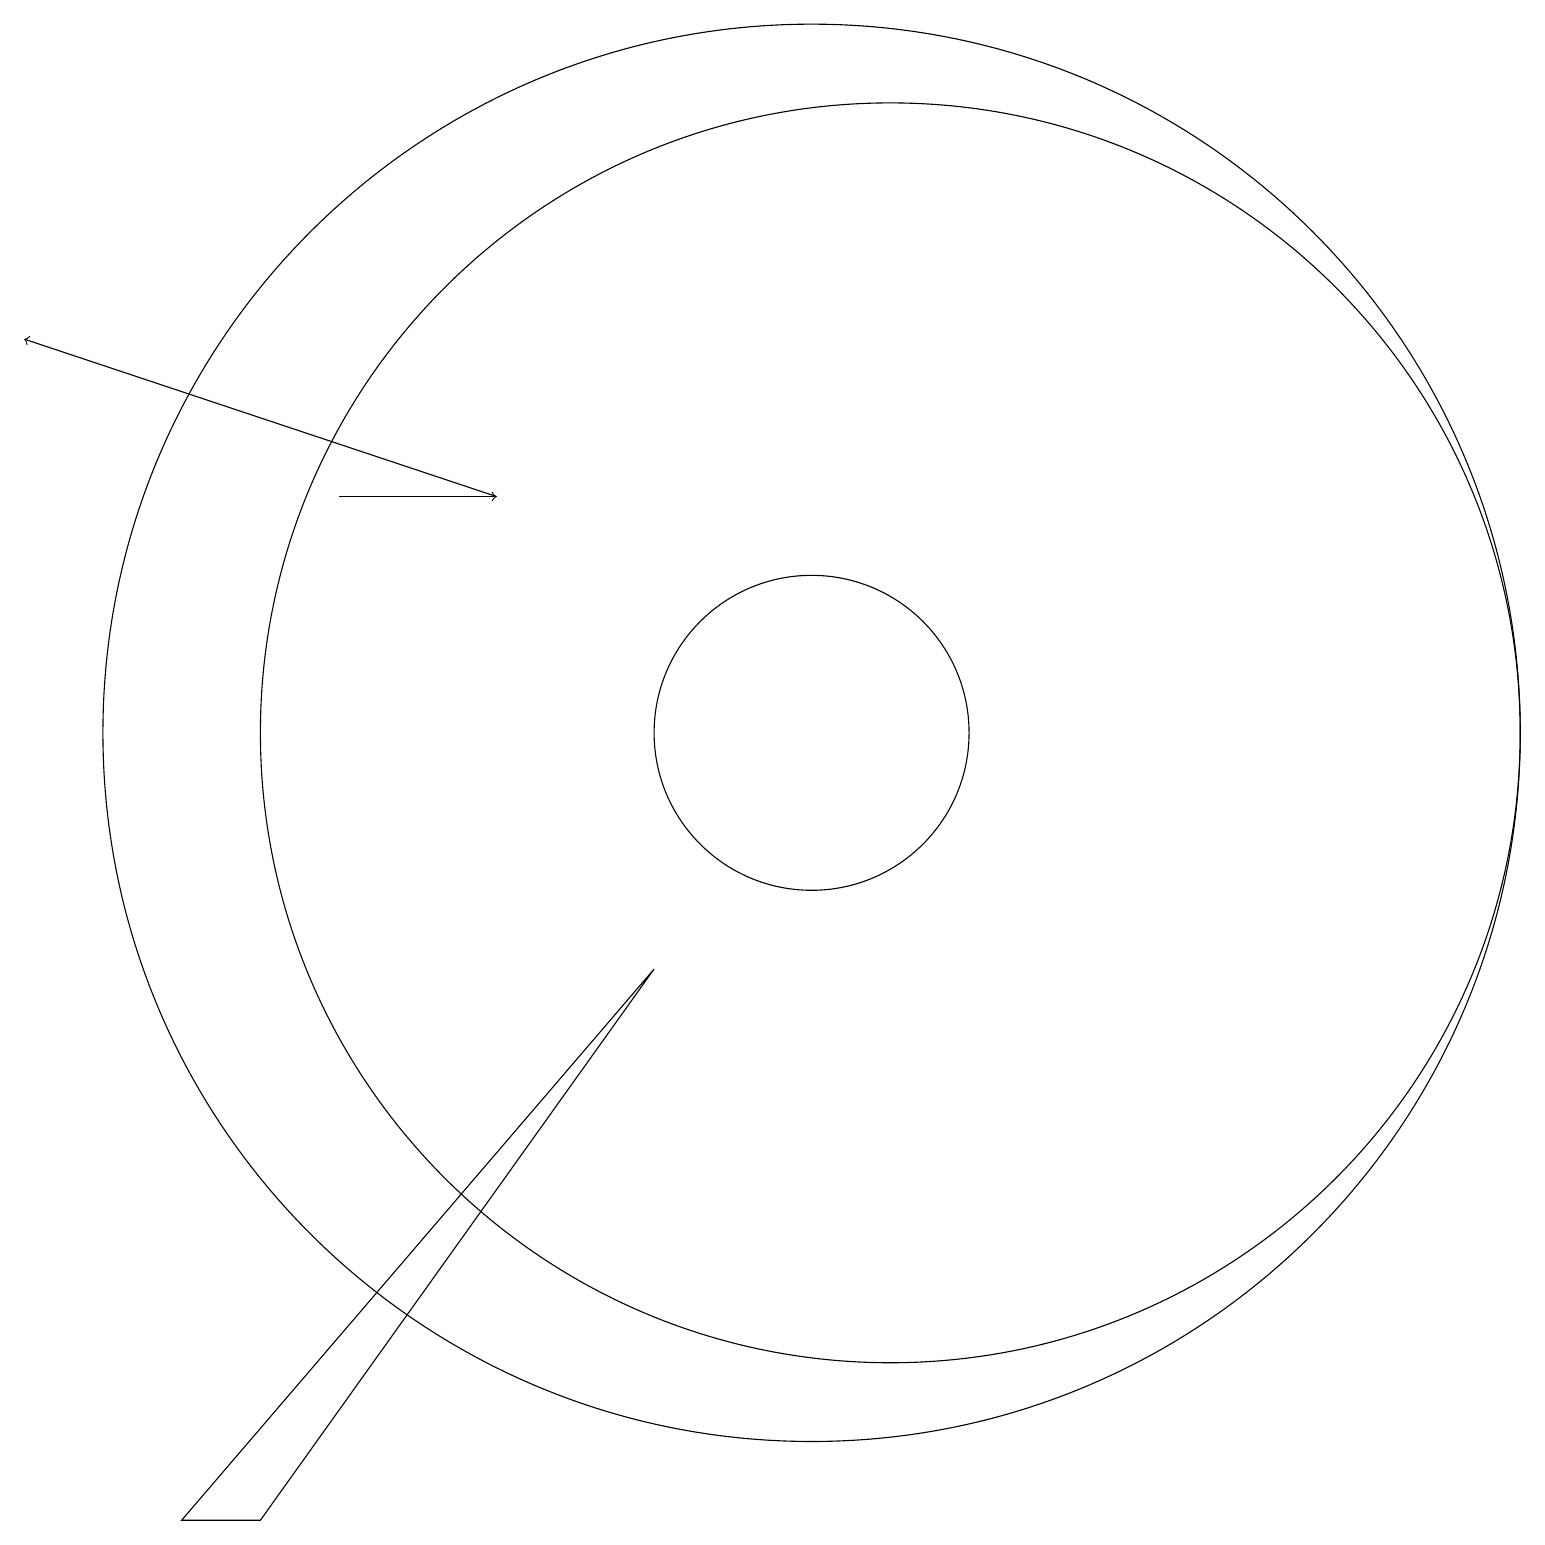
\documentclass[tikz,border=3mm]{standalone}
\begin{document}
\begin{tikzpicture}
\draw (11,11) circle (2);
\draw (11,11) circle (9);
\draw[->] (5,14) -- (7,14);
\draw (12,11) circle (8);
\draw[->] (7,14) -- (1,16);
\draw (3,1) -- (9,8) -- (4,1) -- cycle;
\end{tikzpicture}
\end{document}